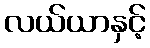
လယ်ယာနှင့်